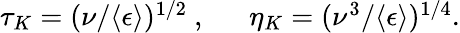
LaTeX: \begin{array}{r}{\tau_{K}=(\nu/\langle\epsilon\rangle)^{1/2}\ ,\ \ \ \ \ \ \eta_{K}=(\nu^{3}/\langle\epsilon\rangle)^{1/4}.}\end{array}